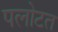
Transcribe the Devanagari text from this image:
पलोटत